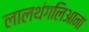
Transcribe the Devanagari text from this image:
लालथंगलिआना